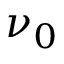
\nu _ { 0 }